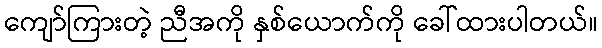
ကျော်ကြားတဲ့ ညီအကို နှစ်ယောက်ကို ခေါ်ထားပါတယ်။